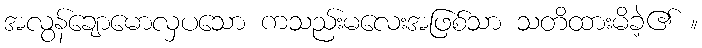
အလွန်ချောမောလှပသော ကသည်းမလေးအဖြစ်သာ သတိထားမိခဲ့၏ ။